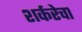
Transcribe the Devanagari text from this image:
शर्करेचा